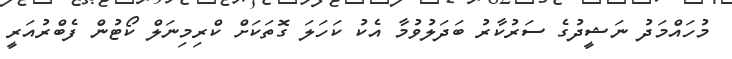
މުހައްމަދު ނަޝީދުގެ ސަރުކާރު ބަދަލުވުމާ އެކު ކަހަލަ ގޮތަކަށް ކްރިމިނަލް ކޯޓުން ފެބްރުއަރީ